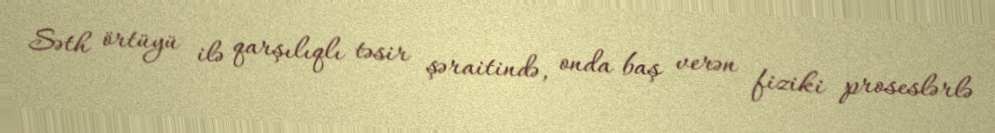
Səth örtüyü ilə qarşılıqlı təsir şəraitində, onda baş verən fiziki proseslərlə